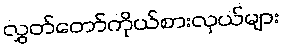
လွှတ်တော်ကိုယ်စားလှယ်များ